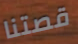
قصتنا